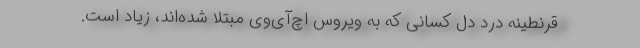
قرنطینه درد دل کسانی که به ویروس اچ‌آی‌وی مبتلا شده‌اند، زیاد است.